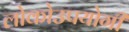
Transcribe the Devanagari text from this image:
लोकोउपयोगी